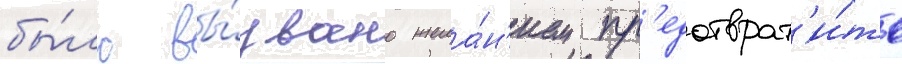
бы́ло вы́звано жела́н'ием пр'едотврат'и́ть